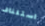
استئناف